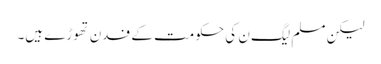
لیکن مسلم لیگ ن کی حکومت کے فدن تھوڑے ہیں۔